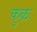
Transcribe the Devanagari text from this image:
कुळः